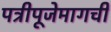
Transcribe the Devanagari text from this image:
पत्रीपूजेमागची